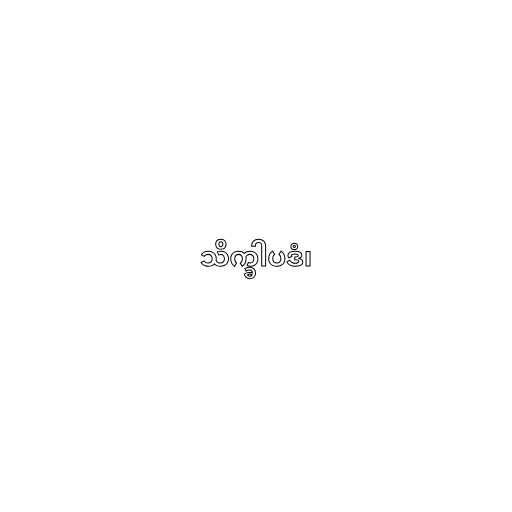
သိက္ခါပဒံ၊